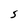
Character: S